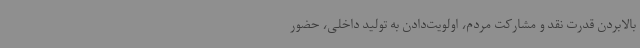
بالابردن قدرت نقد و مشارکت مردم، اولویت‌دادن به تولید داخلی، حضور